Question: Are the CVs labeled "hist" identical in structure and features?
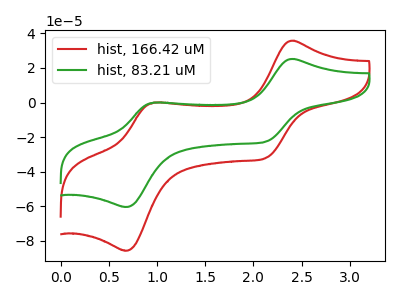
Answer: <think>The red curve "hist, 166.42 uM" has anodic peaks at (2.40V, 35.75uA) (0.95V, -0.05uA) and cathodic peaks at (2.15V, -31.95uA) (0.70V, -85.60uA). The green curve "hist, 83.21 uM" has anodic peaks at (2.40V, 25.20uA) (0.95V, 0.00uA) and cathodic peaks at (2.15V, -22.55uA) (0.70V, -60.35uA).
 All the peaks in "hist, 166.42 uM" have a peak in "hist, 83.21 uM" at the same potential.</think>
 <answer>All the CV's of "hist" have similar shape.</answer>
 <eval>follow_rule</eval>